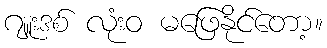
ဂျူးဒစ် လုံးဝ မဖြေနိုင်တော့။